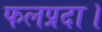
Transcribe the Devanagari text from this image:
फलप्रदा।